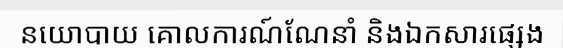
នយោបាយ គោលការណ៍ណែនាំ និងឯកសារផ្សេង